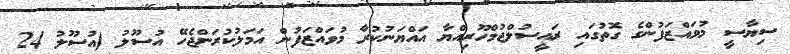
ސިޔާސީ މުވައްޒަފުންގެ ގޮތުގައި ރައީސުލްޖުމްހޫރިއްޔާ އައްޔަނުކުރާ މުވައްޒަފުން އަމަލުކުރަންޖެހޭ އުސޫލު (އުސޫލު 24